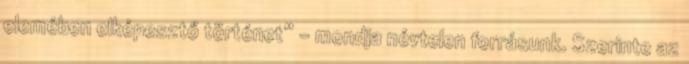
elemében elképesztő történet” – mondja névtelen forrásunk. Szerinte az